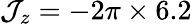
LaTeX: \mathcal{J}_{z}=-2\pi\times6.2